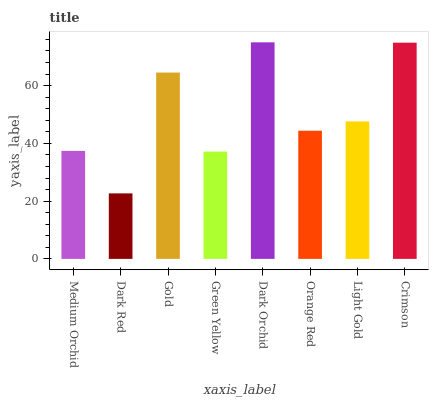
| xaxis_label | bars |
 | --- | --- |
 | Medium Orchid | 37.4 |
 | Dark Red | 22.7 |
 | Gold | 64.5 |
 | Green Yellow | 37.1 |
 | Dark Orchid | 75 |
 | Orange Red | 44.4 |
 | Light Gold | 47.6 |
 | Crimson | 74.9 |